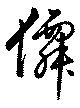
僊